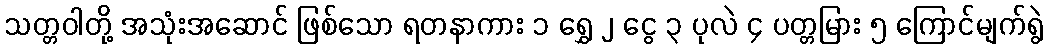
သတ္တဝါတို့ အသုံးအဆောင် ဖြစ်သော ရတနာကား ၁ ရွှေ ၂ ငွေ ၃ ပုလဲ ၄ ပတ္တမြား ၅ ကြောင်မျက်ရွဲ